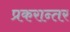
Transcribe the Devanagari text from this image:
प्रकरान्तर